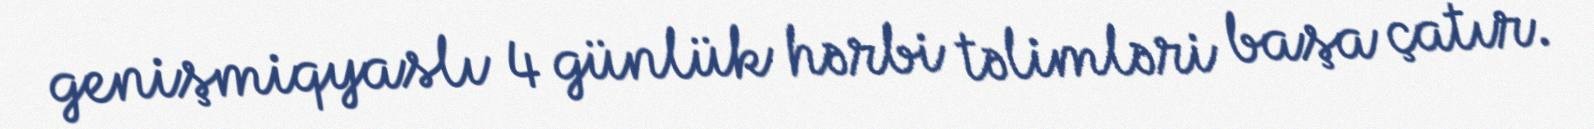
genişmiqyaslı 4 günlük hərbi təlimləri başa çatır.